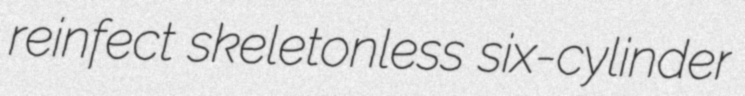
reinfect skeletonless six-cylinder